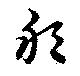
邦